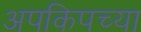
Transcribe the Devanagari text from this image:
अपकिपच्या